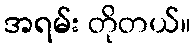
အရမ်း တိုတယ်။